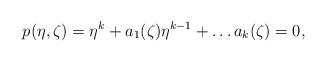
LaTeX: \begin{align*}p(\eta,\zeta)=\eta^k+a_1(\zeta)\eta^{k-1}+\dots a_k(\zeta)=0,\end{align*}